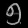
Digit: ၅